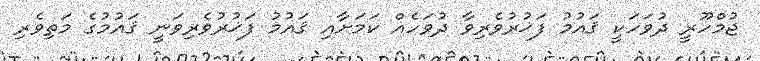
ޖުމްހޫރީ ދުވަހަކީ ޤައުމު ފަޚުރުވެރިވާ ދުވަހެއް ކަމަށާއި ޤައުމު ފަޚުރުވެރިވަނީ ޤައުމުގެ މަތިވެރި